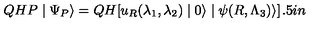
Q H P \mid \Psi _ { P } \rangle = Q H [ u _ { R } ( \lambda _ { 1 } , \lambda _ { 2 } ) \mid 0 \rangle \mid \psi ( R , \Lambda _ { 3 } ) \rangle ] \hspace { 1 . 5 i n }